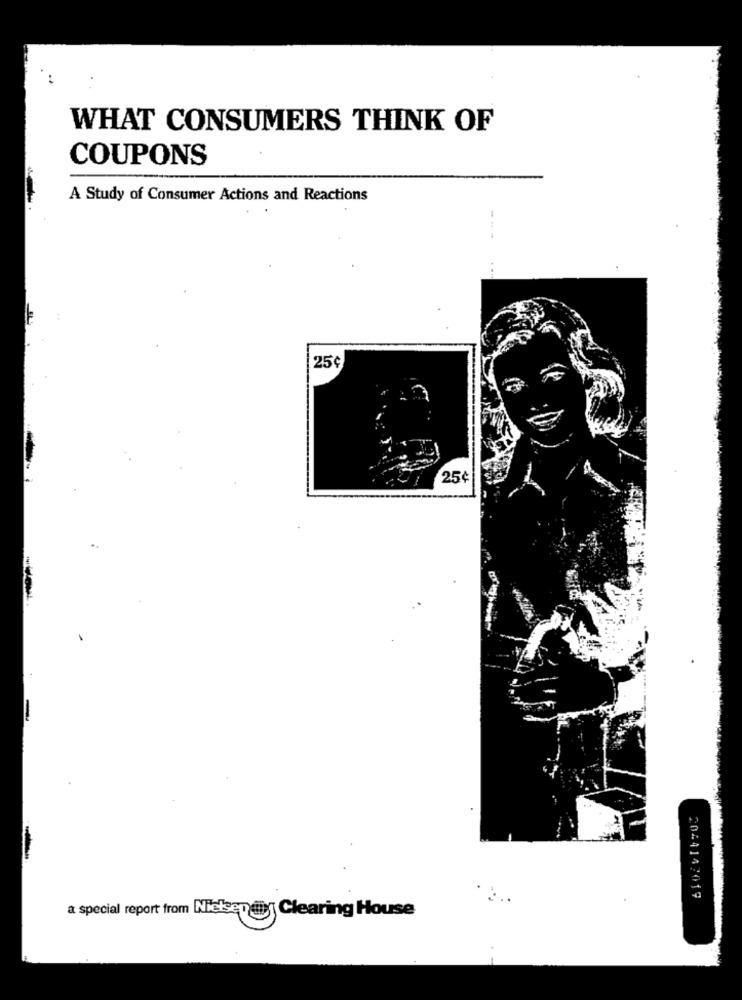
WHAT CONSUMERS THINK OF
COUPONS
A Study of Consumer Actions and Reactions
25¢
25¢
2044142019
a special report from Nietsen @y Clearing House